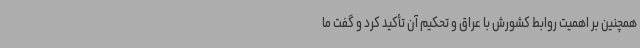
همچنین بر اهمیت روابط کشورش با عراق و تحکیم آن تأکید کرد و گفت ما